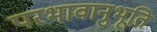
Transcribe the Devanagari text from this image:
परभावानुभूति